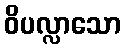
ဝိပလ္လာသော